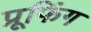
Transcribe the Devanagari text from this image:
प्रूफिंग